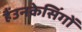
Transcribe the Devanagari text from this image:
हैंउनकेसिंगों